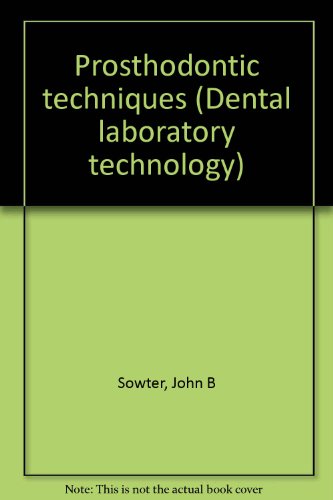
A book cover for Dental:Laboratory Technology Prosthodontic Techniques; Medical Books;